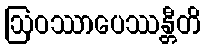
ဩဝဿာပေဿန္တီတိ